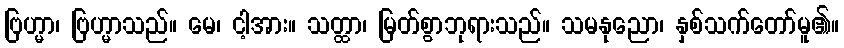
ဗြဟ္မာ၊ ဗြဟ္မာသည်။ မေ၊ ငါ့အား။ သတ္ထာ၊ မြတ်စွာဘုရားသည်။ သမနုညော၊ နှစ်သက်တော်မူ၏။